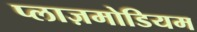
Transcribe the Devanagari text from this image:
प्लाज़मोडियम